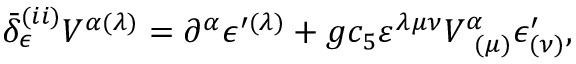
\bar { \delta } _ { \epsilon } ^ { ( i i ) } V ^ { \alpha ( \lambda ) } = \partial ^ { \alpha } \epsilon ^ { \prime ( \lambda ) } + g c _ { 5 } \varepsilon ^ { \lambda \mu \nu } V _ { \; \; ( \mu ) } ^ { \alpha } \epsilon _ { ( \nu ) } ^ { \prime } ,